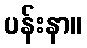
ပန်းနာ။